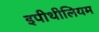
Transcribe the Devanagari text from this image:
इपीथीलियम